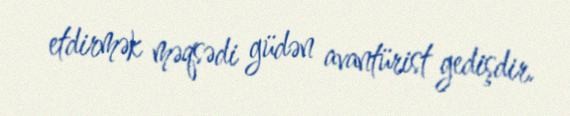
etdirmək məqsədi güdən avantürist gedişdir.